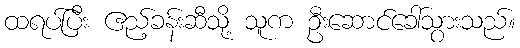
ထရပ်ပြီး ဧည့်ခန်းဆီသို့ သူက ဦးဆောင်ခေါ်သွားသည်။